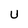
Character: U